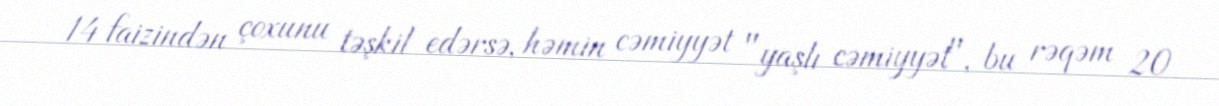
14 faizindən çoxunu təşkil edərsə, həmin cəmiyyət "yaşlı cəmiyyət", bu rəqəm 20